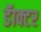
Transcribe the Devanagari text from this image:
डॅाक्टर